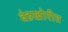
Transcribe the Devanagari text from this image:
बंडखोरीत